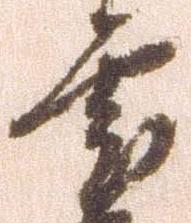
雲